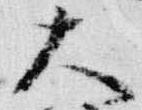
大